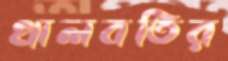
খালবতির